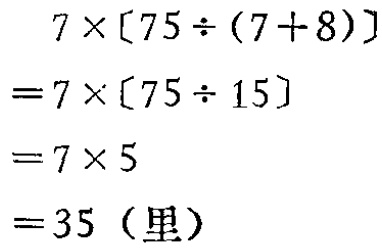
\[

\begin{align*}

&7\times[75\div(7 + 8)]\\

=&7\times[75\div15]\\

=&7\times5\\

=&35\ (\text{里})

\end{align*}

\]